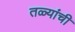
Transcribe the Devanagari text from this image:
तळ्यांची